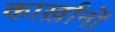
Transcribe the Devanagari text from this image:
कार्ख़ानों